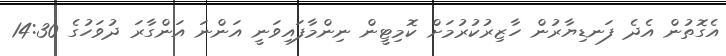
އެގޮތުން އެދެ ފަނޑިޔާރުން ހާޒިރުކުރުމަށް ކޮމިޓީން ނިންމާފައިވަނީ އަންނަ އަންގާރަ ދުވަހުގެ 14:30